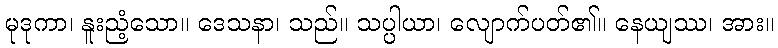
မုဒုကာ၊ နူးညံ့သော။ ဒေသနာ၊ သည်။ သပ္ပါယာ၊ လျောက်ပတ်၏။ နေယျဿ၊ အား။